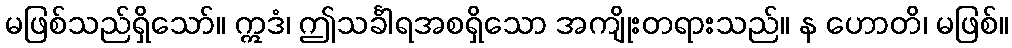
မဖြစ်သည်ရှိသော်။ ဣဒံ၊ ဤသင်္ခါရအစရှိသော အကျိုးတရားသည်။ န ဟောတိ၊ မဖြစ်။